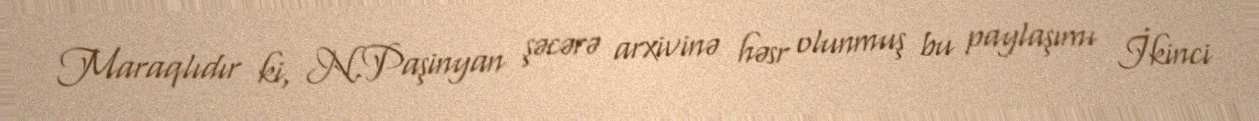
Maraqlıdır ki, N.Paşinyan şəcərə arxivinə həsr olunmuş bu paylaşımı İkinci